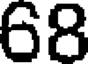
68